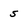
Character: 5